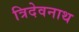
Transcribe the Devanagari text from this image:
त्रिदेवनाथ